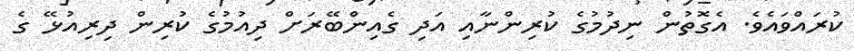
ކުރައްވައެވެ. އެގޮތުން ނިދުމުގެ ކުރިންނާއި އަދި ގެއިންބޭރަށް ދިއުމުގެ ކުރިން ދިރިއުޅޭ ގެ